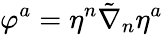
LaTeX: \varphi^{a}=\eta^{n}\tilde{\nabla}_{n}\eta^{a}